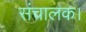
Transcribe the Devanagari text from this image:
संचालक।